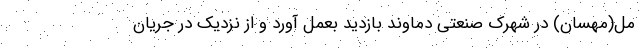
مل(مهسان) در شهرک صنعتی دماوند بازدید بعمل آورد و از نزدیک در جریان